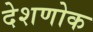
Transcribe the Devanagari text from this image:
देशणोक